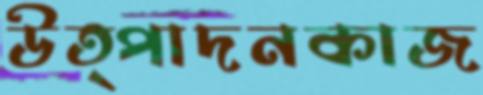
উত্পাদনকাজ